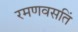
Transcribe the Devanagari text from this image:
रमणवसतिं